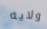
ولايه